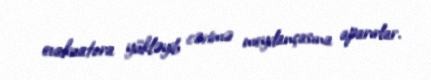
evakuatora yükləyib cərimə meydançasına aparırlar.